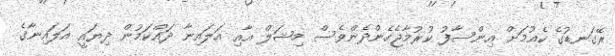
ރޭގަނޑުގެ ކެއުމަށް އިންސާފު ކުރުމާޖެހެންދެންވެސް މިޝަލް އާއި އަލައިނާ ދައްކަމުން ދިޔައީ އަލައިނާގެ